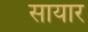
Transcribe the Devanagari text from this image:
सायार